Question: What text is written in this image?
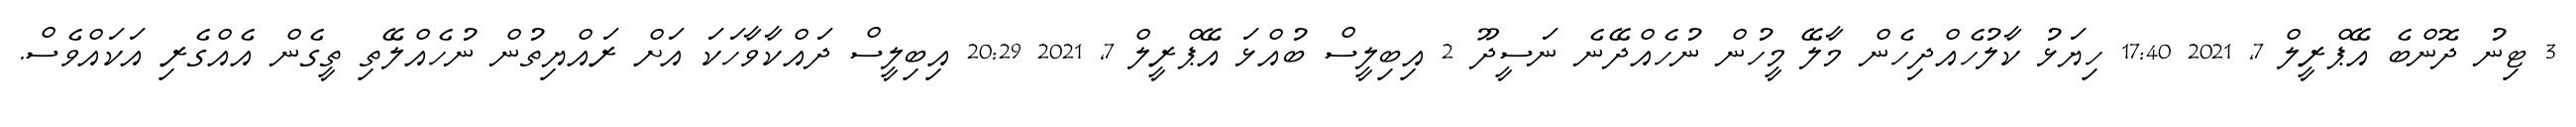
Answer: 3 ޓިނު ދޮންބެ އޭޕްރީލް 7, 2021 17:40 ހިޔަޅު ކާލުހެއްދިހެން މާލޭ މީހުން ނުހެއްދޭނެ ނަސީދޫ 2 އިބިލީސް ބުއްޅަ އޭޕްރީލް 7, 2021 20:29 އިބިލީސް ދައްކާވާހަކަ އަށް ރައްޔިތުން ނުހެއްލޭތި ތީގެން އެއްގެރި އަކައްވެސް.